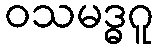
ဝသမဒ္ဓဂူ